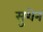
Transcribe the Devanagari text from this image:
सुशेन